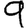
Digit: 9